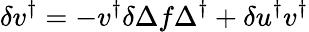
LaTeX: \delta v^{\dagger}=-v^{\dagger}\delta\Delta f\Delta^{\dagger}+\delta u^{\dagger}v^{\dagger}